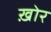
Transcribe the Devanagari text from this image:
ख़ोर